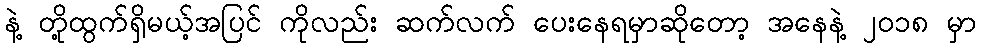
နဲ့ တို့ထွက်ရှိမယ့်အပြင် ကိုလည်း ဆက်လက် ပေးနေရမှာဆိုတော့ အနေနဲ့ ၂၀၁၈ မှာ